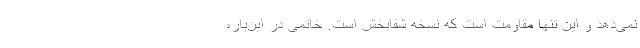
نمی‌دهد و این تنها مقاومت است که نسخه شفابخش است. خاتمی در این‌باره